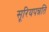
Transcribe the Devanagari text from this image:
सूरियपन्नति